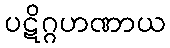
ပဋိဂ္ဂဟဏာယ